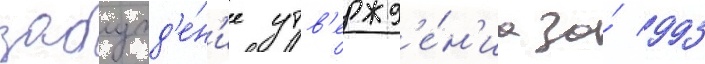
заблужд'е́н'ие утв'ержд'е́н'иа за́ 993